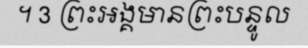
។ 3 ព្រះអង្គមានព្រះបន្ទូល